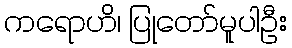
ကရောဟိ၊ ပြုတော်မူပါဦး